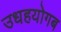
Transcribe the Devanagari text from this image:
उधहयोगब